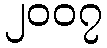
၂၀၀၇